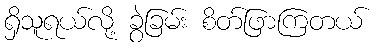
ရှိသူရယ်လို့ ခွဲခြမ်း စိတ်ဖြာကြတယ်